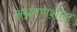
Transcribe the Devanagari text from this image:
अभ्रमणशील